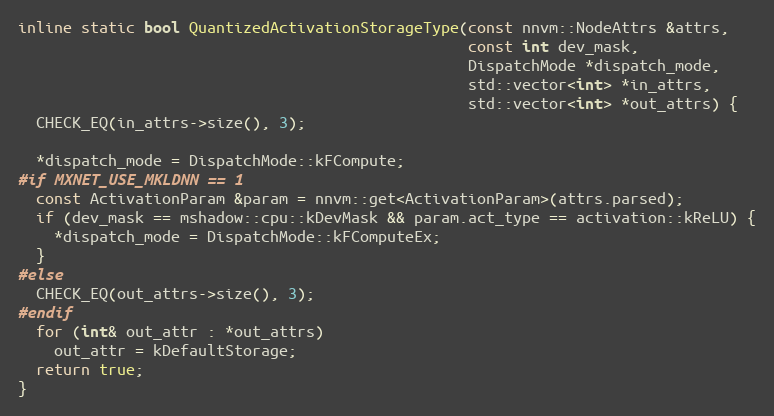
Language: C++
inline static bool QuantizedActivationStorageType(const nnvm::NodeAttrs &attrs,
                                                  const int dev_mask,
                                                  DispatchMode *dispatch_mode,
                                                  std::vector<int> *in_attrs,
                                                  std::vector<int> *out_attrs) {
  CHECK_EQ(in_attrs->size(), 3);

  *dispatch_mode = DispatchMode::kFCompute;
#if MXNET_USE_MKLDNN == 1
  const ActivationParam &param = nnvm::get<ActivationParam>(attrs.parsed);
  if (dev_mask == mshadow::cpu::kDevMask && param.act_type == activation::kReLU) {
    *dispatch_mode = DispatchMode::kFComputeEx;
  }
#else
  CHECK_EQ(out_attrs->size(), 3);
#endif
  for (int& out_attr : *out_attrs)
    out_attr = kDefaultStorage;
  return true;
}